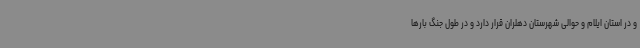
و در استان ایلام و حوالی شهرستان دهلران قرار دارد و در طول جنگ بارها